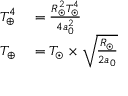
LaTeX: \begin{array} { r l } { T _ { \oplus } ^ { 4 } } & { { } = { \frac { R _ { \odot } ^ { 2 } T _ { \odot } ^ { 4 } } { 4 a _ { 0 } ^ { 2 } } } } \\ { T _ { \oplus } } & { { } = T _ { \odot } \times { \sqrt { \frac { R _ { \odot } } { 2 a _ { 0 } } } } } \end{array}